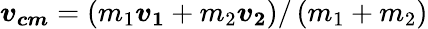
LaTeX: {\boldsymbol{v_{cm}}}=\left(m_{1}{\boldsymbol{v_{1}}}+m_{2}{\boldsymbol{v_{2}}}\right)/\left(m_{1}+m_{2}\right)